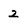
Character: 2